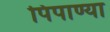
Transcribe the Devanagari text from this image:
पिपाण्या